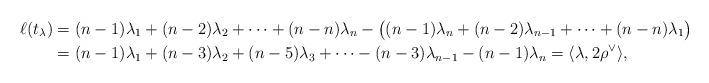
LaTeX: \begin{align*}\ell(t_\lambda) &= (n-1)\lambda_1+(n-2)\lambda_2+\cdots+(n-n)\lambda_n- \big( (n-1)\lambda_n + (n-2)\lambda_{n-1} + \cdots + (n-n)\lambda_1\big) \\&= (n-1)\lambda_1+(n-3)\lambda_2+(n-5)\lambda_3+\cdots -(n-3)\lambda_{n-1}-(n-1)\lambda_n = \langle \lambda, 2\rho^\vee\rangle,\end{align*}